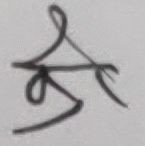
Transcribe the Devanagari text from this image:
भै